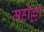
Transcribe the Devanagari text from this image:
महोल्ला